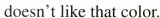
doesn't like that color.